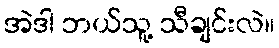
အဲဒါ ဘယ်သူ့ သီချင်းလဲ။